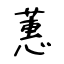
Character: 蕙